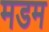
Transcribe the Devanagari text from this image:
मडम